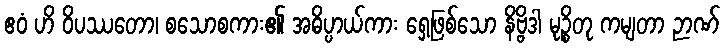
ဧဝံ ဟိ ဝိပဿတော၊ စသောစကား၏ အဓိပ္ပာယ်ကား ရှေ့ဖြစ်သော နိဗ္ဗိဒါ မုဉ္စိတု ကမျတာ ဉာဏ်